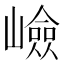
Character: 嶮